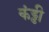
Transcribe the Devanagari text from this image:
कंड्डी